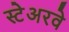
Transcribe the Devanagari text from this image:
स्टेअरवे